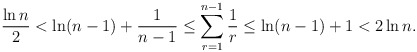
\begin{align*}\frac{\ln n}{2}<\ln (n-1)+\frac{1}{n-1}\leq \sum_{r=1}^{n-1} \frac{1}{r}\leq \ln (n-1)+1<2\ln n.\end{align*}